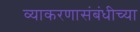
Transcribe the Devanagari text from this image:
व्याकरणासंबंधीच्या